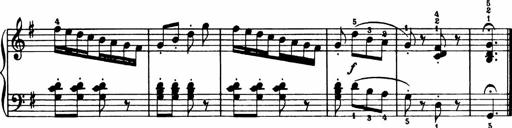
Title: Analytical Sonatinas
Composer: Frank Lynes